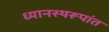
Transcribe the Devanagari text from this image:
ध्यानस्थरूपांत